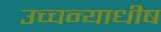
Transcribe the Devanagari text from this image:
उच्चन्याधीष